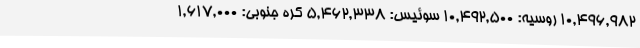
10,496,982 روسیه: 10,492,500 سوئیس: 5,462,338 کره جنوبی: 1,617,000